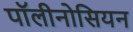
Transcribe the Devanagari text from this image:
पॉलीनोसियन